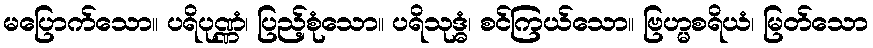
မပြောက်သော။ ပရိပုဏ္ဏံ၊ ပြည့်စုံသော။ ပရိသုဒ္ဓံ၊ စင်ကြယ်သော။ ဗြဟ္မစရိယံ၊ မြတ်သော